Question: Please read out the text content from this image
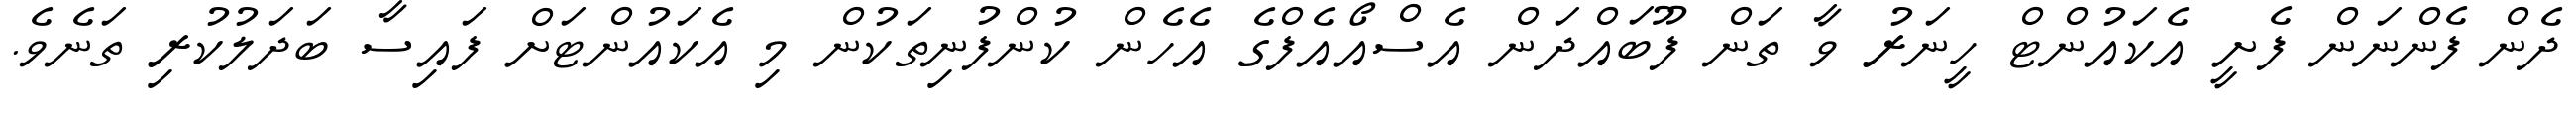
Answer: ދެން ފެންނަން ފެށީ އެކައުންޓް ހީނަރު ވާ ތަން ފޫބައްދަން އެސްއޯއެފްގެ އެހެން ކުންފުނިތަކުން މި އެކައުންޓަށް ފައިސާ ބަދަލުކުރި ތަނެވެ.